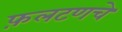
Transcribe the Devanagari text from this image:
फ़लटणचे